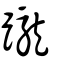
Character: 躘